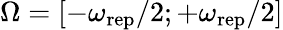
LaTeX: \Omega=[-\omega_{\mathrm{rep}}/2;+\omega_{\mathrm{rep}}/2]